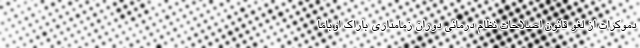
دموکرات از لغو قانون اصلاحات نظام درمانی دوران زمامداری باراک اوباما